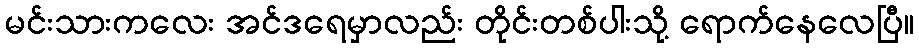
မင်းသားကလေး အင်ဒရေမှာလည်း တိုင်းတစ်ပါးသို့ ရောက်နေလေပြီ။